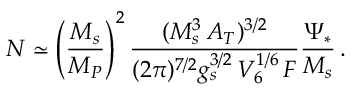
N \simeq \left( \frac { M _ { s } } { M _ { P } } \right) ^ { 2 } \frac { ( M _ { s } ^ { 3 } \, A _ { T } ) ^ { 3 / 2 } } { ( 2 \pi ) ^ { 7 / 2 } g _ { s } ^ { 3 / 2 } \, V _ { 6 } ^ { 1 / 6 } \, F } \frac { \Psi _ { * } } { M _ { s } } \, .